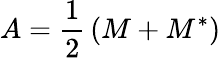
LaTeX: A={\frac{1}{2}}\left(M+M^{*}\right)